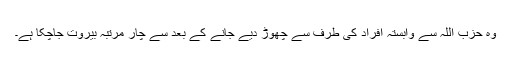
وہ حزب اللہ سے وابستہ افراد کی طرف سے چھوڑ دیے جانے کے بعد سے چار مرتبہ بیروت جاچکا ہے۔